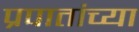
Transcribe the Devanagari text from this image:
प्रपातांच्या